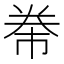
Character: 𭑖